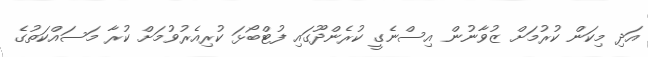
އަދި މިކަން ކުރުމަށް ޒުވާނުން އިސްނެގީ ކުރެންދޫގައި ފުޓްބޯޅަ ކުރިއެރުވުމަށް ކުރާ މަސައްކަތުގެ